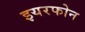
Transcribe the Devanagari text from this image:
इयरफोन